Maali_päevik, lk 264
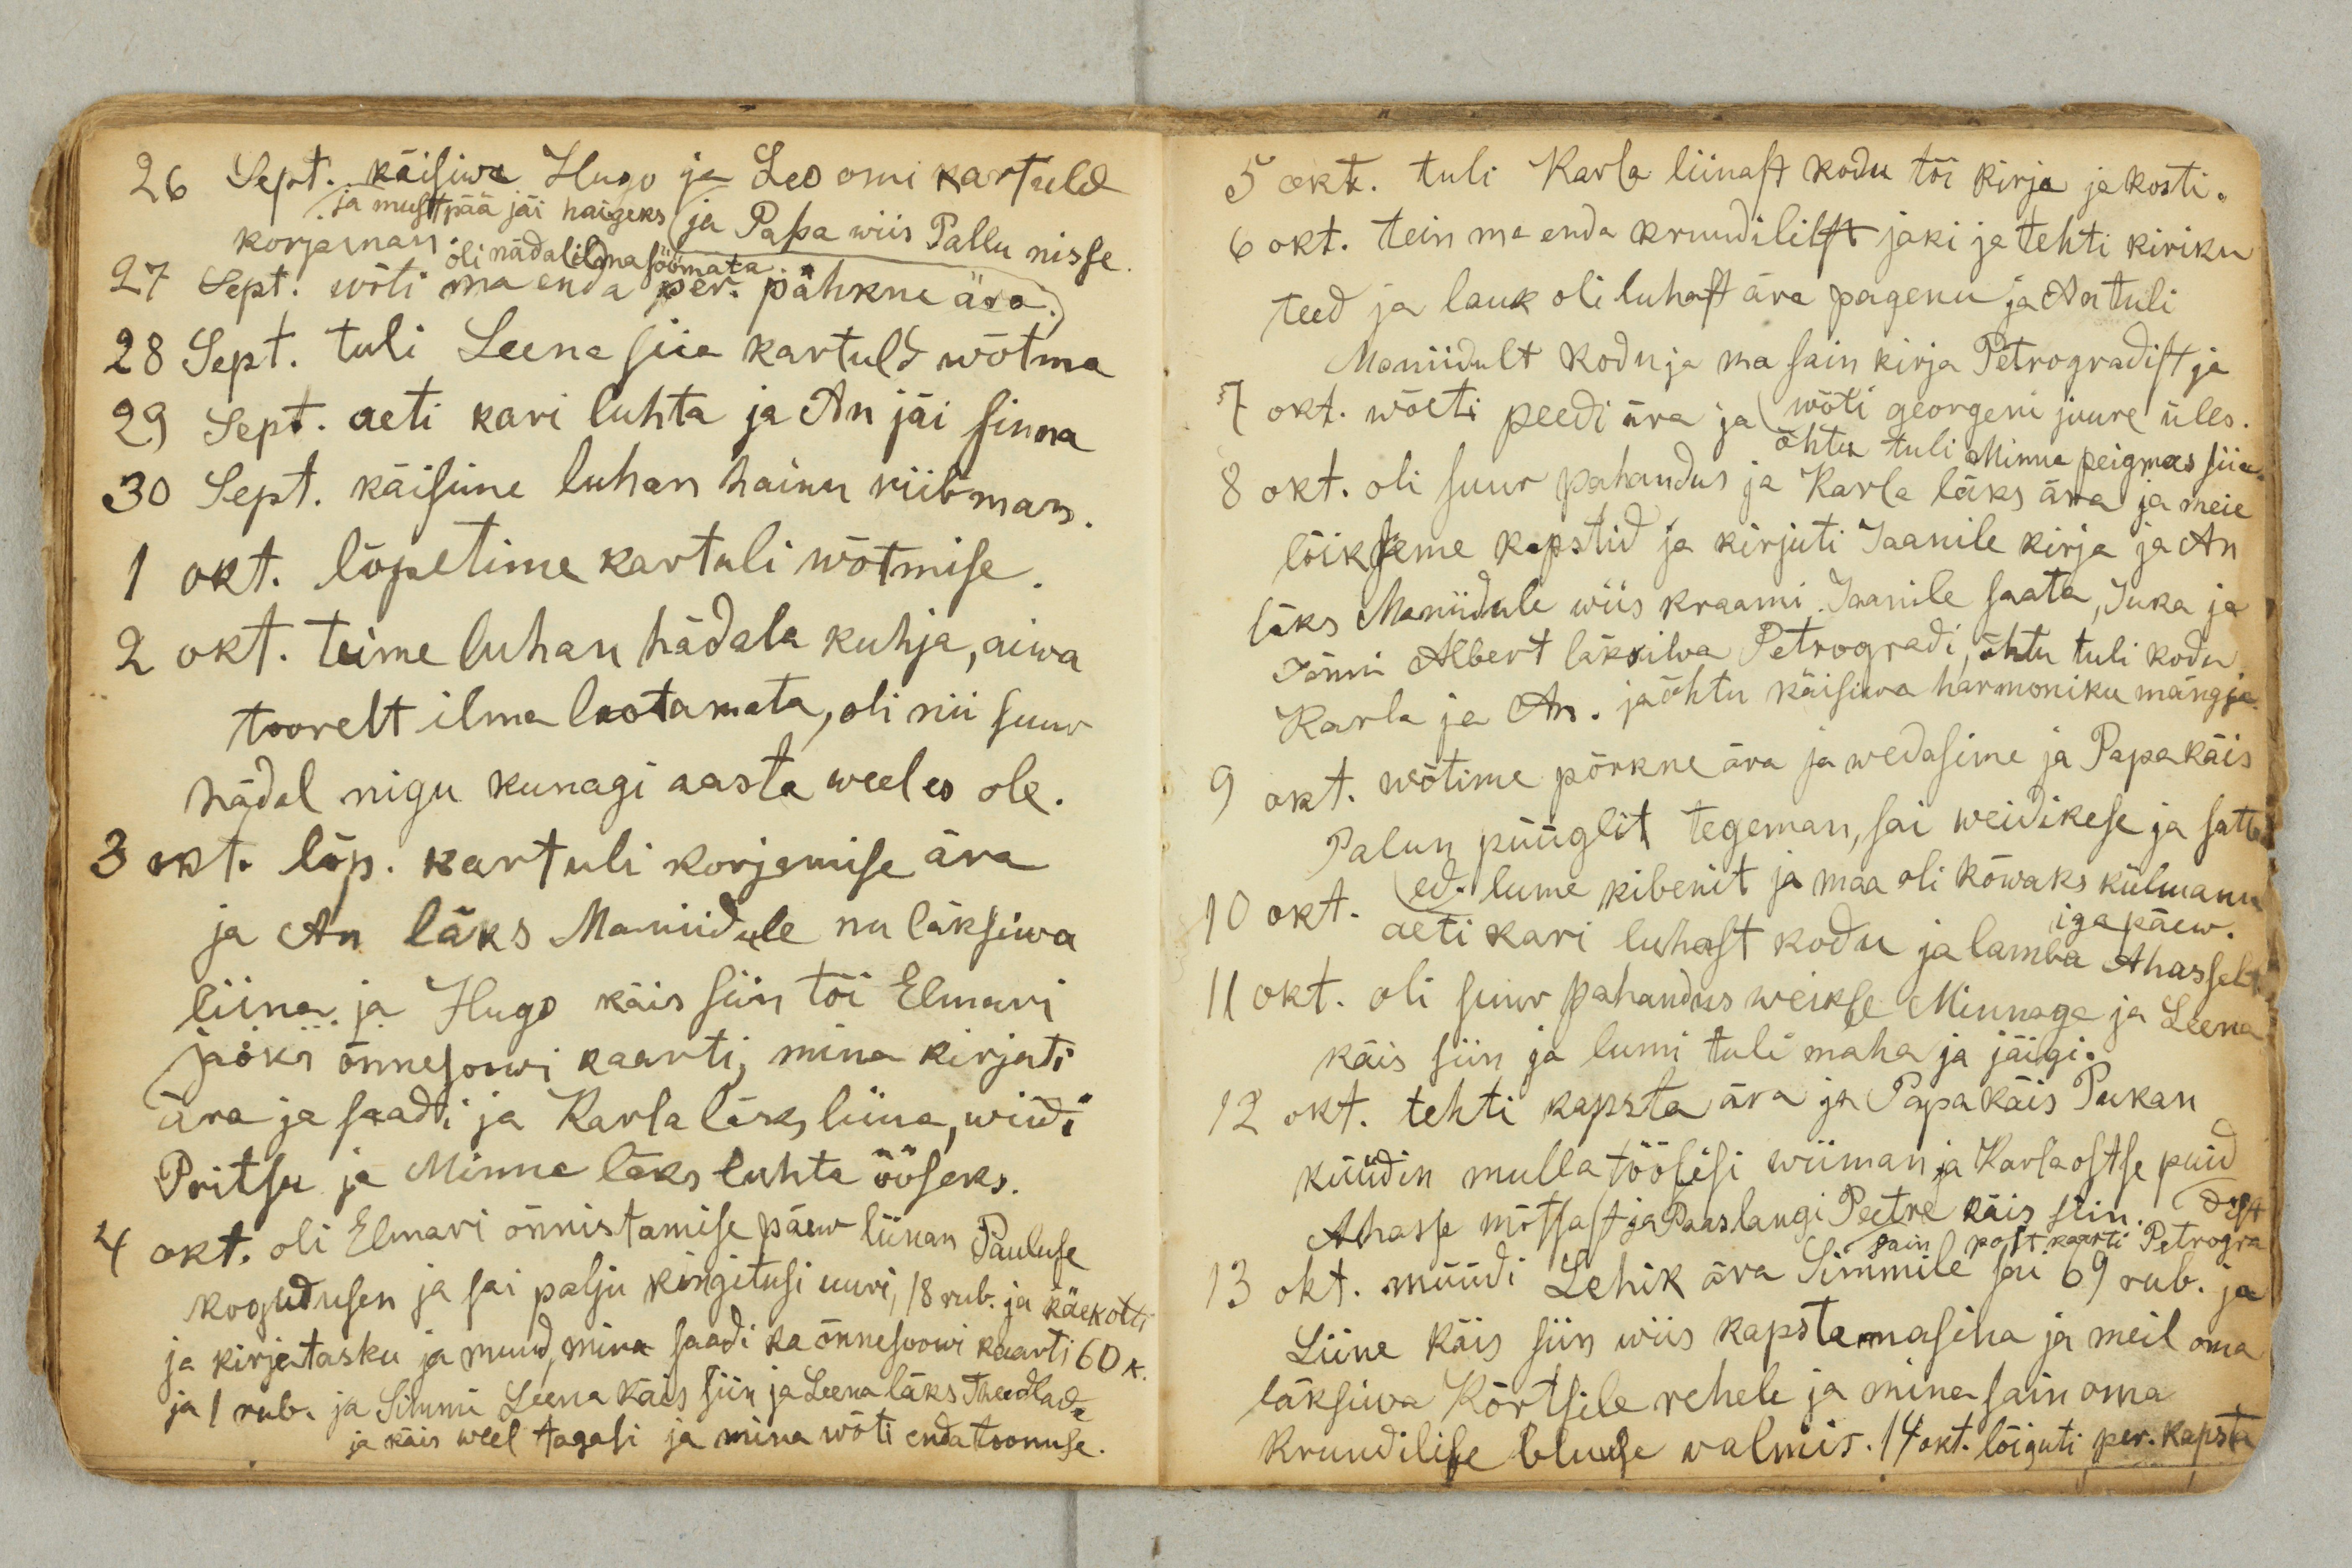
26 Sept. käisiwa Hugo ja Leo omi kartuld
ja mustpää jäi haigeks. ja Papa wiis Pallu nisse.
korjaman. oli nädal ilma söömata.
27 Sept. wõti ma enda per. pähkne ära.
28 Sept. tuli Leena siia kartuld wõtma
29 Sept. aeti kari luhta ja An jäi sinna
30 Sept. käisime luhan hainu riibman.
1 okt. lõpetime kartuli wõtmise.
2 okt. teime luhan hädala kuhja, aiwa
toorelt ilma leotamata, oli nii suur
hädal nigu kunagi aasta weel es ole.
3 okt. lõp. kartuli korjamise ära
ja An läks Maniidule nu läksiwa
liina ja Hugo käis siin tõi Elmari
jaoks õnnesoowi kaarti, mina kirjuti
ära ja saadi ja Karla läks liina, wiidi
Pritsu ja Minna läks luhta ööseks.
4 okt. oli Elmari õnnistamise päew liinan Pauluse
kogudusen ja sai palju kingitusi uuri, 18 rub. ja käekotti
ja kirjatasku ja muud, mina saadi ka õnnesoowi kaarti 60 k.
ja 1 rub. ja Simmi Leena käis siin ja Leena läks Theedlade
ja käis weel tagasi ja mina wõti enda toonuse.

5 okt. tuli Karla liinast kodu tõi kirja ja kosti.
6 okt. tein ma enda kruudilist jaki ja tehti kiriku
teed ja lauk oli luhast ära pagenu ja An tuli
Maniidult kodu ja ma sain kirja Petrogradist ja
wõti georgeni juure üles.
7 okt. wõeti peedi ära ja
õhtu tuli Minna peigmees siia.
8 okt. oli suur pahandus ja Karla läks ära ja meie
lõikseme kapstid ja kirjuti Jaanile kirja ja An
läks Maniidule wiis kraami Jaanile saata, Juka ja
Jõnni Albert läksiwa Petrogradi, õhtu tuli kodu
Karla ja An. ja õhtu käisiwa harmoniku mängija.
9 okt. wõtime põrkne ära ja wedasime ja Papa käis
Palun püügilt tegeman, sai weidikese ja satte
ed. lume kibenit ja maa oli kõwaks külmanu
iga päew.
10 okt. aeti kari luhast kodu ja lamba Ahasselt.
11 okt. oli suur pahandus weikse Minnaga ja Leena
käis siin ja lumi tuli maha ja jäigi.
12 okt. tehti kapsta ära ja Papa käis Pukan
küüdin mulla töölisi wiiman ja Karla ostse puid
Ahasse mõtsast ja Paaslangi Peetre käis siin.
dist.
sain postkaarti Petrogra
13 okt. müüdi Lehik ära Simmile sai 69 rub. ja
Liine käis siin wiis kapstamasina ja meil oma
läksiwa Kõrtsile rehele ja mina sain oma
kruudilise bluuse walmis. 14 okt. lõiguti per. kapsta.